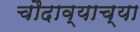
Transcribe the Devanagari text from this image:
चौदाव्याच्या